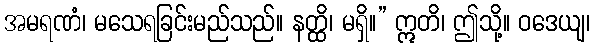
အမရဏံ၊ မသေရခြင်းမည်သည်။ နတ္ထိ၊ မရှိ။” ဣတိ၊ ဤသို့။ ဝဒေယျ၊